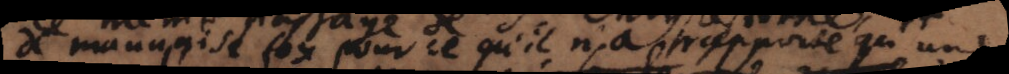
de mauvaise foy pour ce qu’il n’a rapporté qu’une